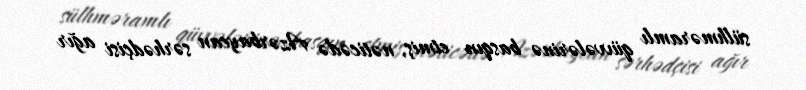
sülhməramlı qüvvələrinə basqın etmiş, nəticədə Azərbaycan sərhədçisi ağır